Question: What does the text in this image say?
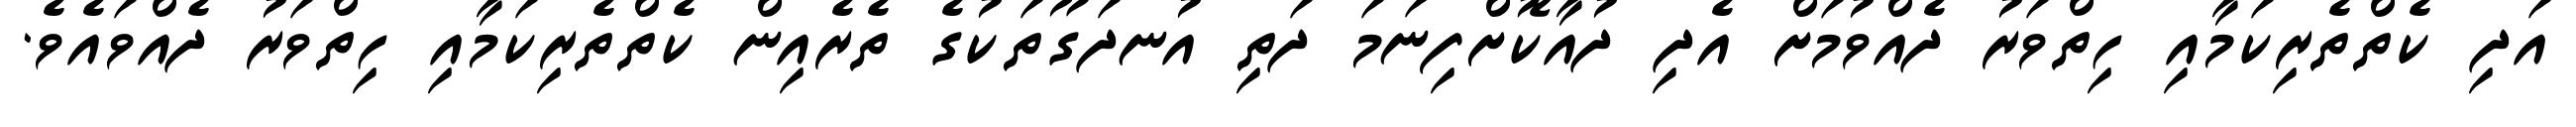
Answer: އަދި ކެތްތެރިކަމާއި ހިތްވަރު ދެއްވުމަށް އެދި ދުއާކޮށްފިނަމަ ދަތި އުނދަގޫތަކުގެ ތެރެއިން ކެތްތެރިކަމާއި ހިތްވަރު ދެއްވައެވެ.